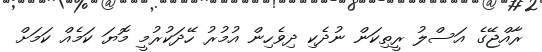
ރާއްޖޭގެ އަސްލު ރީތިކަން ނުދެކި ދިވެހިން އުމުރު ހޭދަކުރުމީ މޮޔަ ކަމެއް ކަމަށް